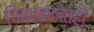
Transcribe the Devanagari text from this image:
चित्रकलेतही